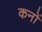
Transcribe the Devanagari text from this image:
कनों